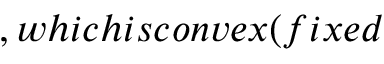
, w h i c h i s c o n v e x ( f i x e d